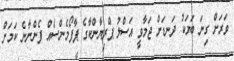
ވަރަށް ގިނަ ބަޔަކު ދަނޑަށް ޖަމާވީ އަސްލު ޕްރިޔާންކާގެ ޕާފޯމެންސެއް ފެންނާނެ ކަމަށް